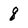
Character: 8